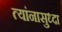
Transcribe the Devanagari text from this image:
त्यांनासुध्दा